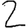
Digit: 2